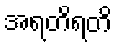
အရတိရတိ